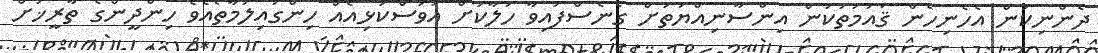
ދެންނިކަން އެހެނިހެން ޤައުމުތަކުން އިންސާނިއްޔަތަށް ގެނެސްފައިވާ ހަލާކަށް އަވަސްކަޅިއެއް ހިންގައިލަމާތޯއެވެ ހިންދީންގެ ތާރީޚަށް